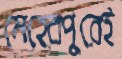
মেহেরপুরেই